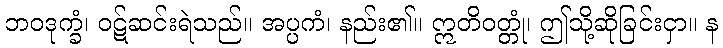
ဘဝဒုက္ခံ၊ ဝဋ်ဆင်းရဲသည်။ အပ္ပကံ၊ နည်း၏။ ဣတိဝတ္တုံ၊ ဤသို့ဆိုခြင်းငှာ။ န